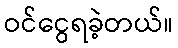
ဝင်ငွေရခဲ့တယ်။